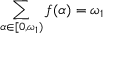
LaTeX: \sum _ { \alpha \in [ 0 , \omega _ { 1 } ) } f ( \alpha ) = \omega _ { 1 }